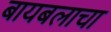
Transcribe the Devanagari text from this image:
बायबलाचा